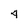
Character: 4